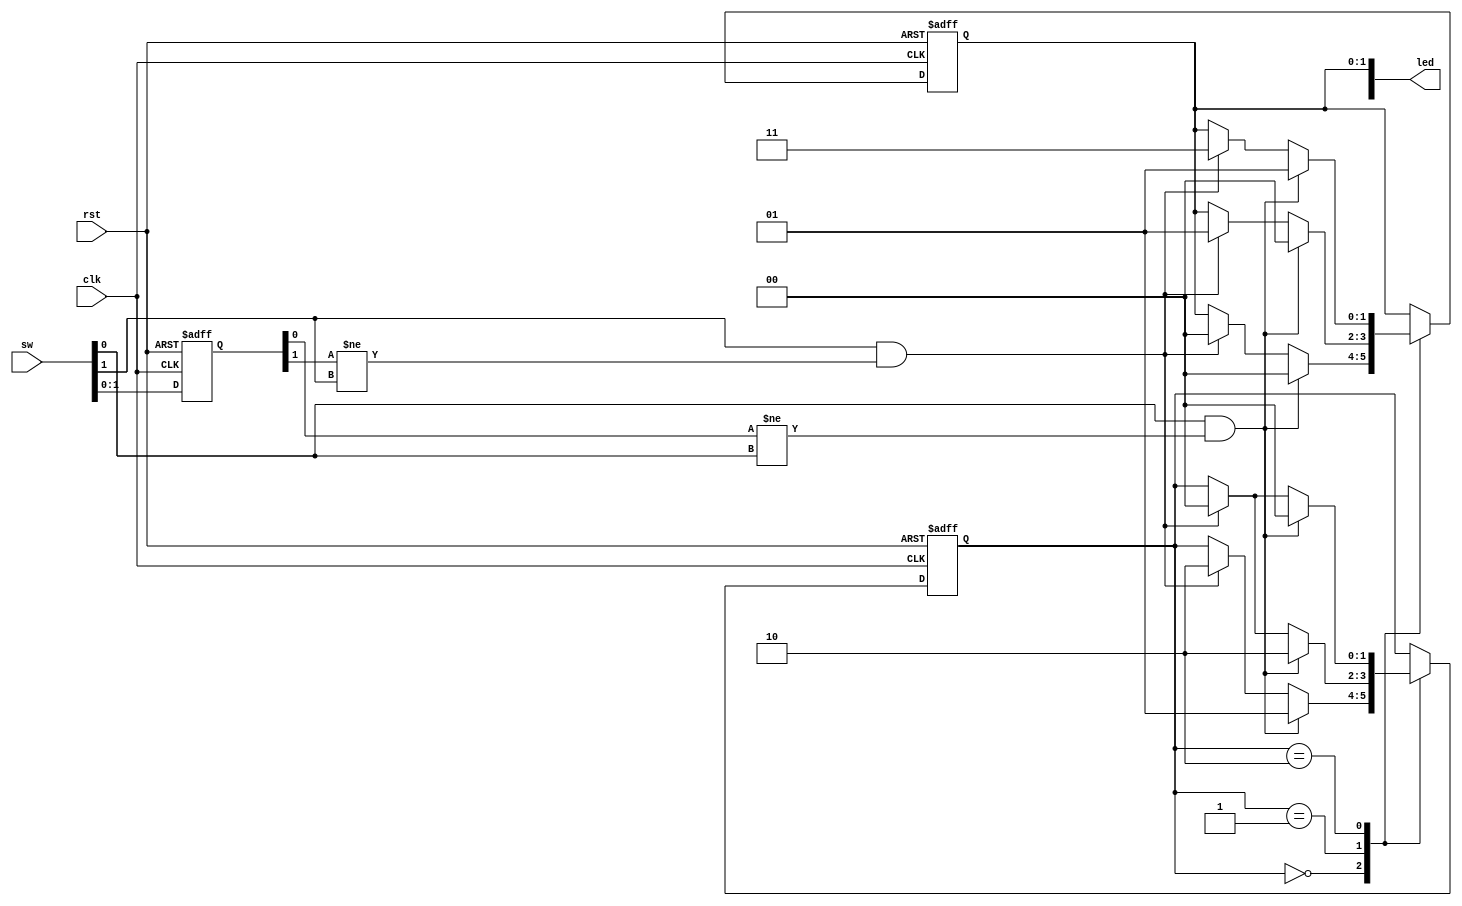
`timescale 1ns / 1ps
//////////////////////////////////////////////////////////////////////////////////
// Company:
// Engineer:
//
// Design Name:
// Module Name: vendingmachine
// Project Name:
// Target Devices:
// Tool Versions:
// Description:
//
// Dependencies:
//
// Revision:
// Revision 0.01 - File Created
// Additional Comments:
//
//////////////////////////////////////////////////////////////////////////////////

`define S0 2'b00 // first state
`define S1 2'b01 // recieved 50 yen
`define S2 2'b10 // recieved 100 yen

module vendingmachine(
    clk,
    sw,
    led,
    rst
    );

    input clk, rst;
    input [7:0] sw; // sw[0] = 50 yen, sw[1] = 100 yen
    output [7:0] led;

    reg [1:0] oldSw; // MSB is allocated to sw[1], LSB is allocated to sw[0]
    reg [1:0] currentState;
    reg[1:0] ledreg;

    assign led[1:0] = ledreg;

    always @(posedge clk or posedge rst) begin
        if(rst) begin
          currentState <=`S0;
          oldSw <= 2'b00;
          ledreg <= 2'b00;
        end else begin
            case(currentState)
              `S0 : begin // 0 yen
                if(sw[0] == 1'b1 && oldSw[0] != sw[0]) begin
                  currentState <= `S1;
                  ledreg <= 2'b00;
                end
                else if(sw[1] == 1'b1 && oldSw[1] != sw[1]) begin
                  currentState <= `S2;
                  ledreg <= 2'b00;
                end
              end
              `S1 : begin // 50 yen
                if(sw[0] == 1'b1 && oldSw[0] != sw[0])
                begin
                  currentState <= `S2;
                  ledreg <= 2'b00;
                end
                else if(sw[1] == 1'b1 && oldSw[1] != sw[1]) begin
                  currentState <= `S0;
                  ledreg <= 2'b01;
                end
              end
              `S2 : begin // 100 yen
                if(sw[0] == 1'b1 && oldSw[0] != sw[0])
                begin
                  currentState <= `S0;
                  ledreg <= 2'b01;
                end
                else if(sw[1] == 1'b1 && oldSw[1] != sw[1]) begin
                  currentState <= `S0;
                  ledreg <= 2'b11;
                end
              end
              default : begin
                currentState <= currentState;
              end
            endcase
            oldSw <= sw[1:0];
        end
    end
endmodule